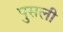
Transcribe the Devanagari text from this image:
पुसली